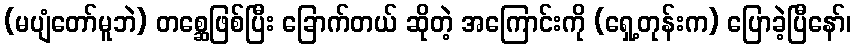
(မပျံတော်မူဘဲ) တစ္ဆေဖြစ်ပြီး ခြောက်တယ် ဆိုတဲ့ အကြောင်းကို (ရှေ့တုန်းက) ပြောခဲ့ပြီနော်၊